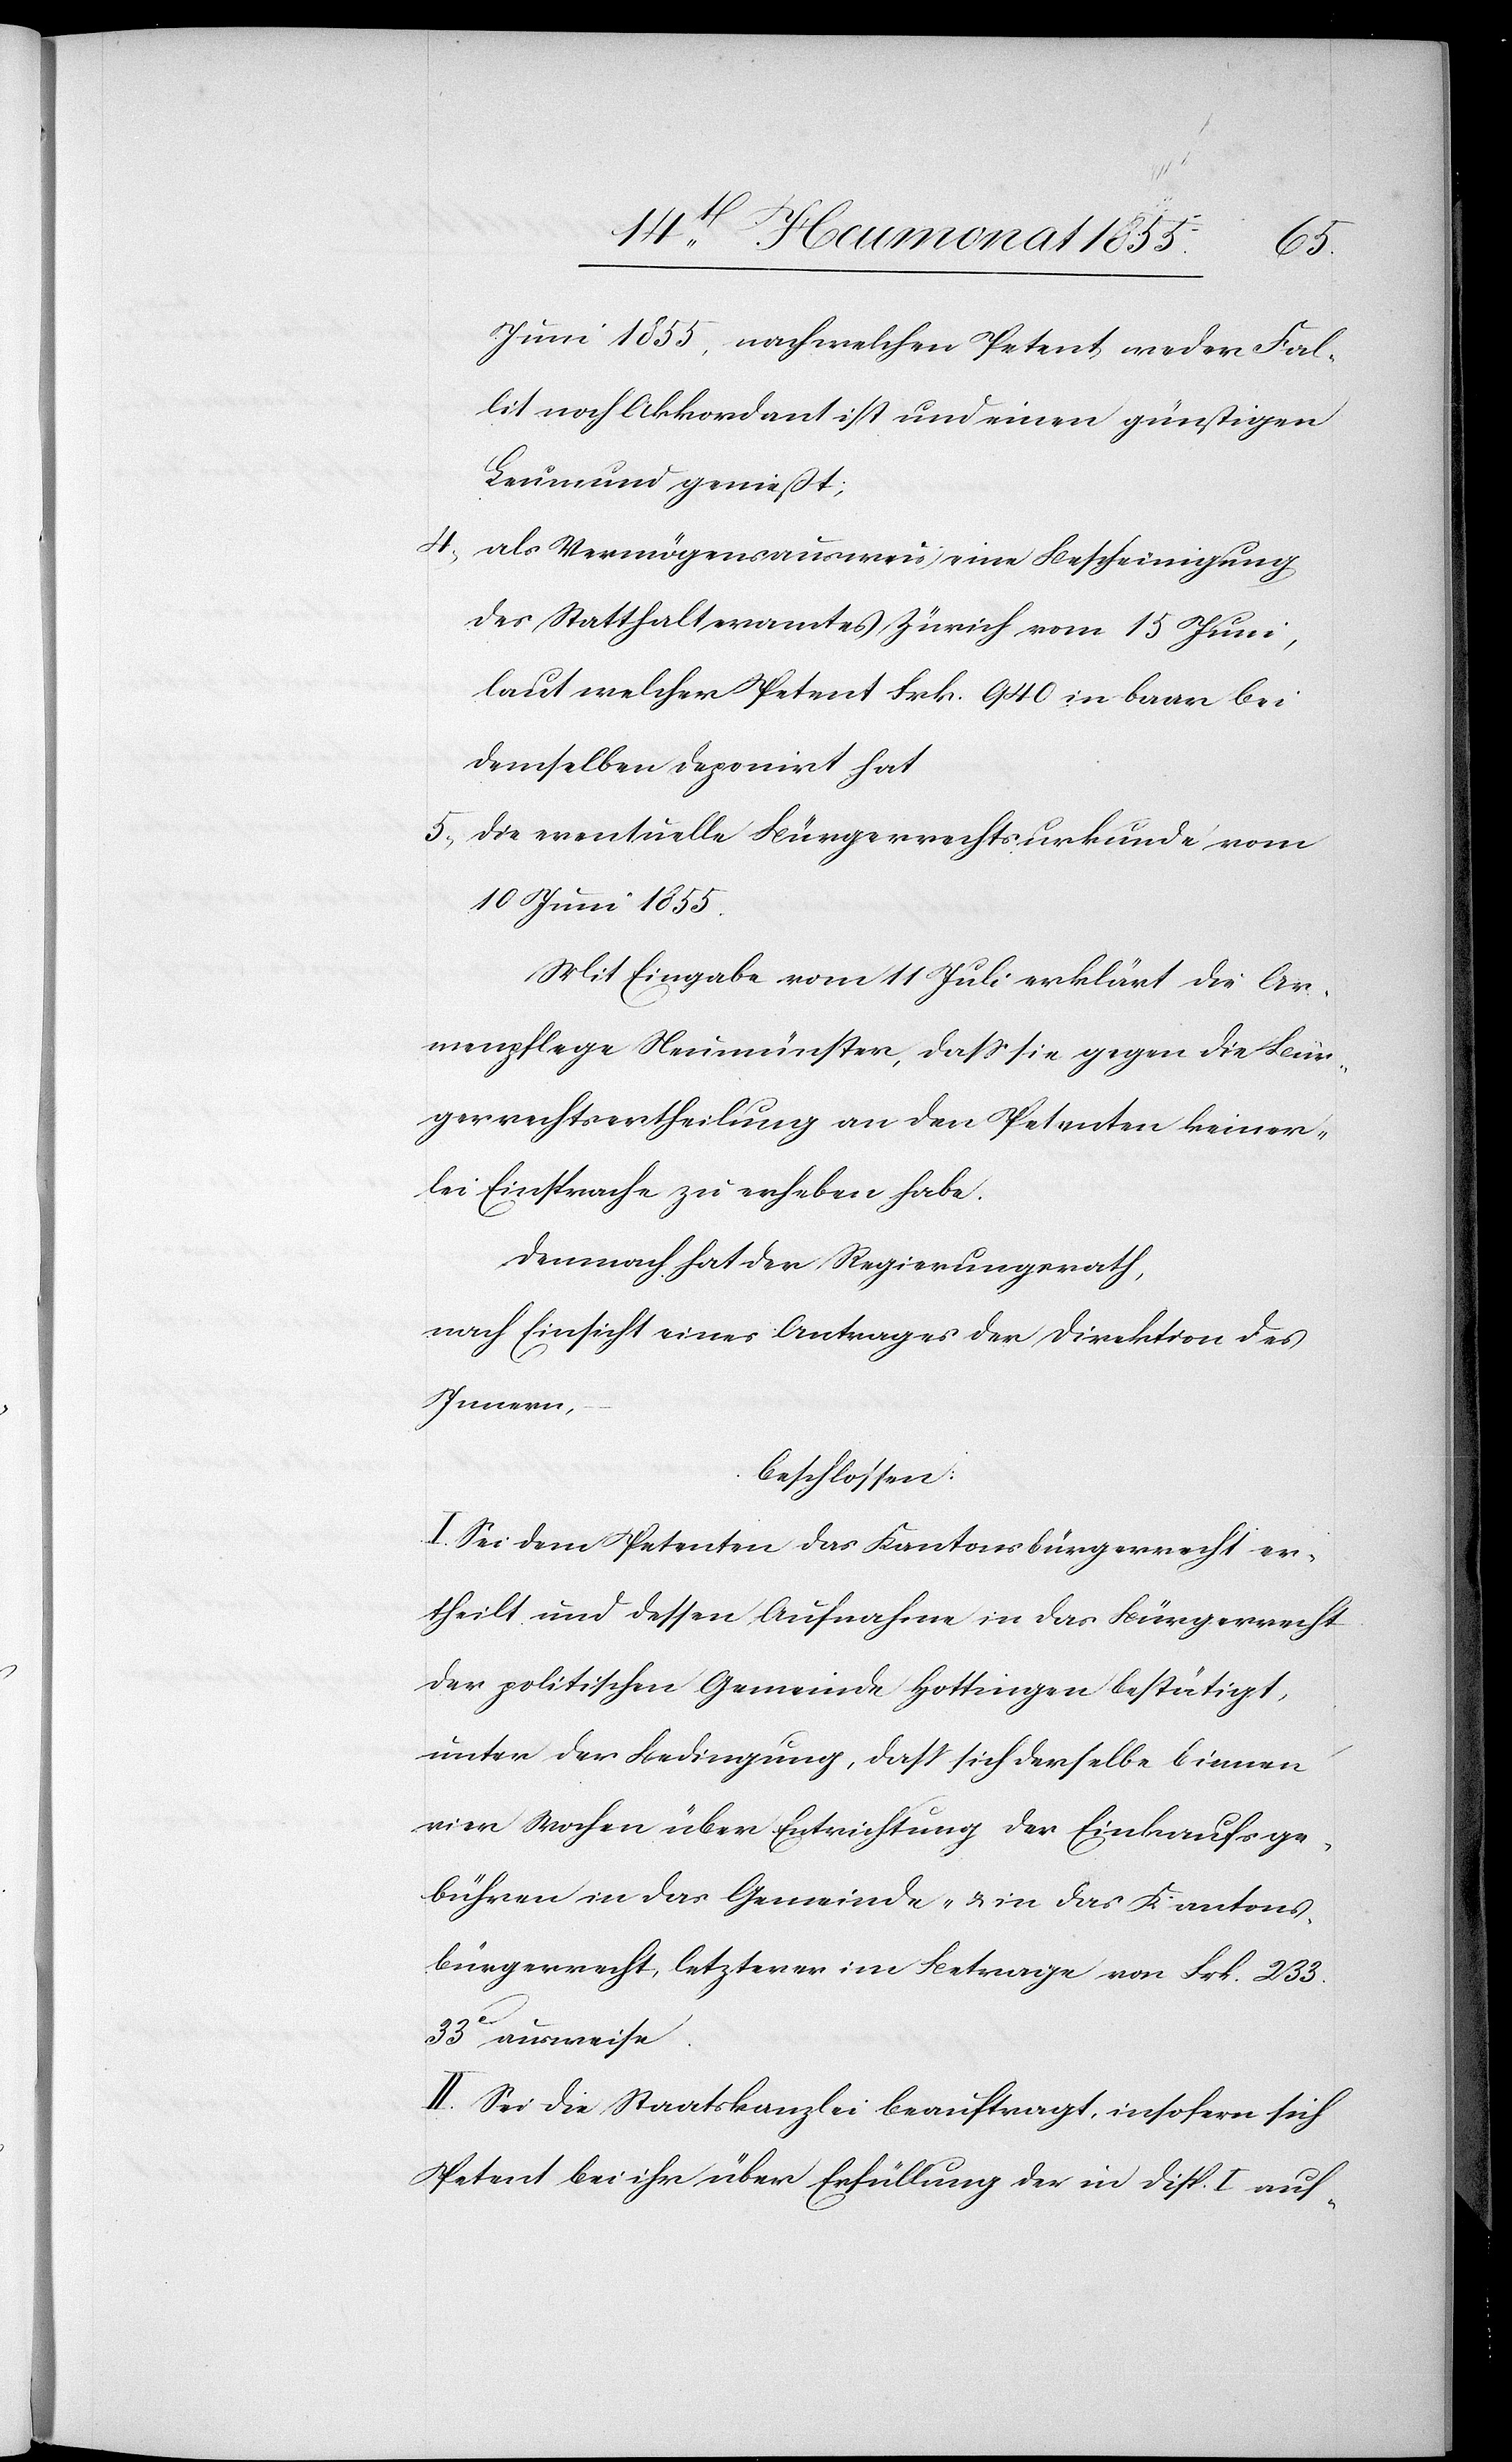
Juni 1855, nach welchen Petent, weder Fal¬
lit noch Akkordant ist und einen günstigen
Leumund genießt;
als Vermögensausweis eine Bescheinigung
des Statthalteramtes Zürich vom 15 Juni,
laut welcher Petent Frk. 940 in baar bei
demselben deponirt hat
die eventuelle Bürgerrechtsurkunde vom
10 Juni 1855.
Mit Eingabe vom 11 Juli erklärt die Ar¬
menpflege Neumünster, dass sie gegen die Bür¬
gerrechtsertheilung an den Petenten keiner¬
lei Einsprache zu erheben habe.
Demnach hat der Regierungsrath,
nach Einsicht eines Antrages der Direktion des
Innern,
beschlossen:
I. Sei dem Petenten das Kantonsbürgerrecht er¬
theilt und dessen Aufnahme in das Bürgerrecht
der politischen Gemeinde Hottingen bestätigt,
unter der Bedingung, dass sich derselbe binnen
vier Wochen über Entrichtung der Einkaufsge¬
bühren in das Gemeinde- & in das Kantons¬
bürgerrecht, letzterer im Betrage von Frk. 233.
33c ausweise.
II. Sei die Staatskanzlei beauftragt, insofern sich
Petent bei ihr über Erfüllung der in Disp. I auf-